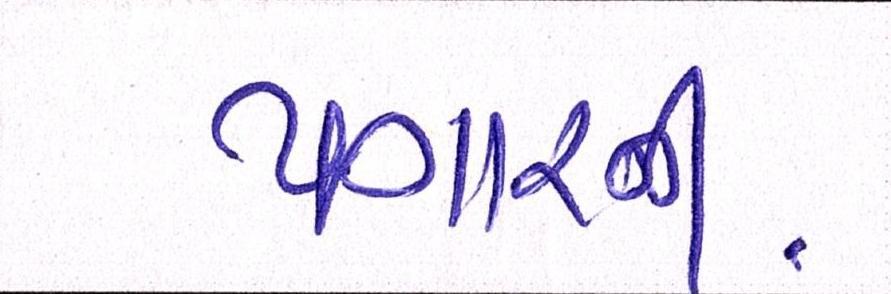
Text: પગારની